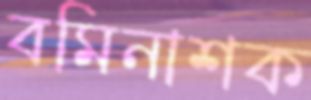
বমিনাশক